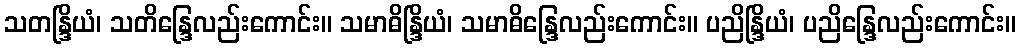
သတန္ဒြိယံ၊ သတိန္ဒြေလည်းကောင်း။ သမာဓိန္ဒြိယံ၊ သမာဓိန္ဒြေလည်းကောင်း။ ပညိန္ဒြိယံ၊ ပညိန္ဒြေလည်းကောင်း။